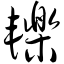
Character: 轹